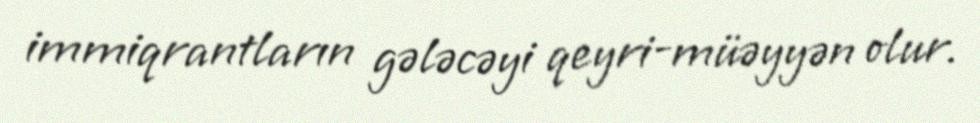
immiqrantların gələcəyi qeyri-müəyyən olur.